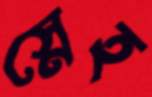
স্নেহ